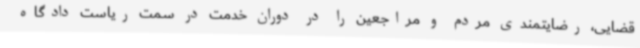
قضایی، رضایتمندی مردم و مراجعین را در دوران خدمت در سمت ریاست دادگاه